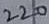
Text: 220